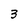
Character: 3